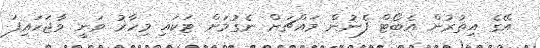
އޭގެ އިތުރުން އެބޯޓް ފެނުން މައްޗަށް ނެގުމަށް ޓަކައި މިހާރު ވަނީ ވާޖަހައިފަ